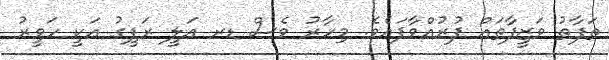
ތަފާތު ވަޒީފާތައް ފުރުއްވާފައެވެ. މިހާރު ވެސް ޑރ ޢަލީ ރަފީގު އަކީ ހަވީރު